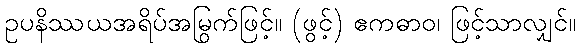
ဥပနိဿယအရိပ်အမြွက်ဖြင့်။ (ဖွင့်) ဧကဓာဝ၊ ဖြင့်သာလျှင်။